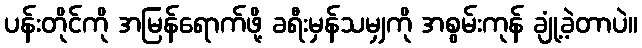
ပန်းတိုင်ကို အမြန်ရောက်ဖို့ ခရီးမှန်သမျှကို အစွမ်းကုန် ချုံ့ခဲ့တာပဲ။